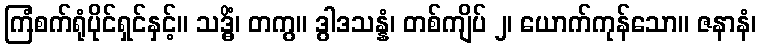
ကြံစက်ရုံပိုင်ရှင်နှင့်။ သဒ္ဓိံ၊ တကွ။ ဒွါဒသန္နံ၊ တစ်ကျိပ် ၂၊ ယောက်ကုန်သော။ ဇနာနံ၊